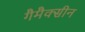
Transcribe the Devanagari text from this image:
गैमैक्सीन